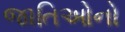
જાતિઓનો